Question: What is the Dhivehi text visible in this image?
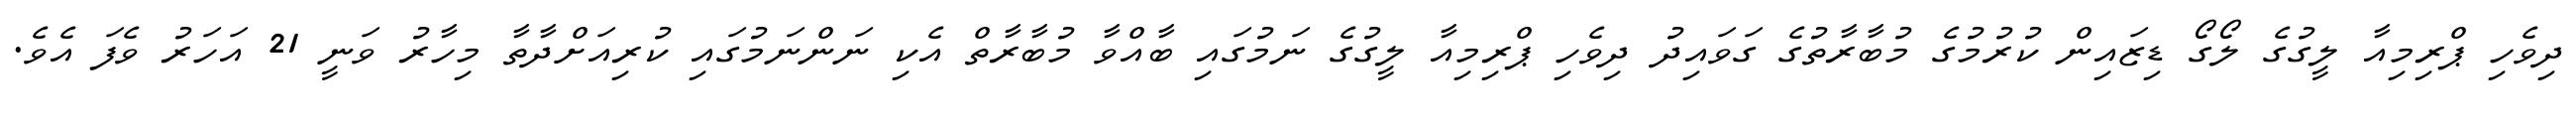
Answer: ދިވެހި ޕްރިމިއާ ލީގުގެ ލޯގޯ ޑިޒައިން ކުރުމުގެ މުބާރާތުގެ ގަވައިދު ދިވެހި ޕްރިމިއާ ލީގުގެ ނަމުގައި ބާއްވާ މުބާރާތް އެކި ނަންނަމުގައި ކުރިއަށްދާތާ މިހާރު ވަނީ 21 އަހަރު ވެފަ އެވެ.